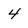
Character: 4